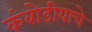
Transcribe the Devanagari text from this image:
कंबोडीयाचे